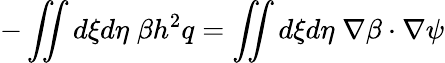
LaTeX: -\iint d\xi d\eta\; \beta h^{2}q=\iint d\xi d\eta\; \nabla\beta\cdot\nabla\psi